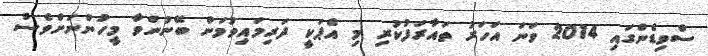
ސްވިޑެންގައި 2014 ވަނަ އަހަރު ތައާރަފުކުރި މި އެޕަކީ ދަރިމައިވުމަށް ބޭނުންވާ މީހުންނަށްވެސް